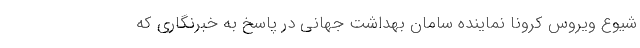
شیوع ویروس کرونا نماینده سامان بهداشت جهانی در پاسخ به خبرنگاری که